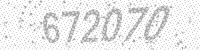
Solution: 672070